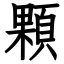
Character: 顆